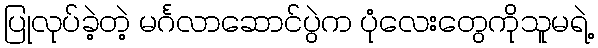
ပြုလုပ်ခဲ့တဲ့ မင်္ဂလာဆောင်ပွဲက ပုံလေးတွေကိုသူမရဲ့